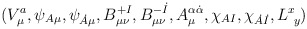
\begin{align*}(V^a_\mu, \psi_{A\mu}, \psi_{\dot A\mu},B^{+I}_{\mu\nu}, B^{- \dot I}_{\mu\nu},A^{\alpha \dot \alpha} _ \mu,\chi _{AI} ,\chi _{\dot A \dot I} ,L^x_{\ y})\end{align*}